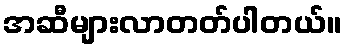
အဆီများလာတတ်ပါတယ်။